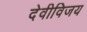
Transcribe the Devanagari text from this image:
देवीविजय